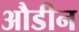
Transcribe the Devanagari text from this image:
औडीन